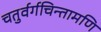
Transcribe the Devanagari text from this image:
चतुर्वर्गचिन्तामणि